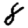
Digit: 8